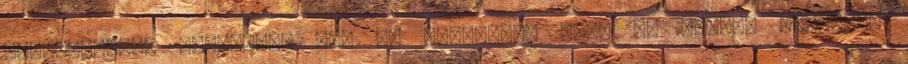
feltételeket harcolják ki, de elismeri, hogy az eddigi kultúrát